Lunatic asylums Madras 1892-1911 - 1892-1911
Year: 1892
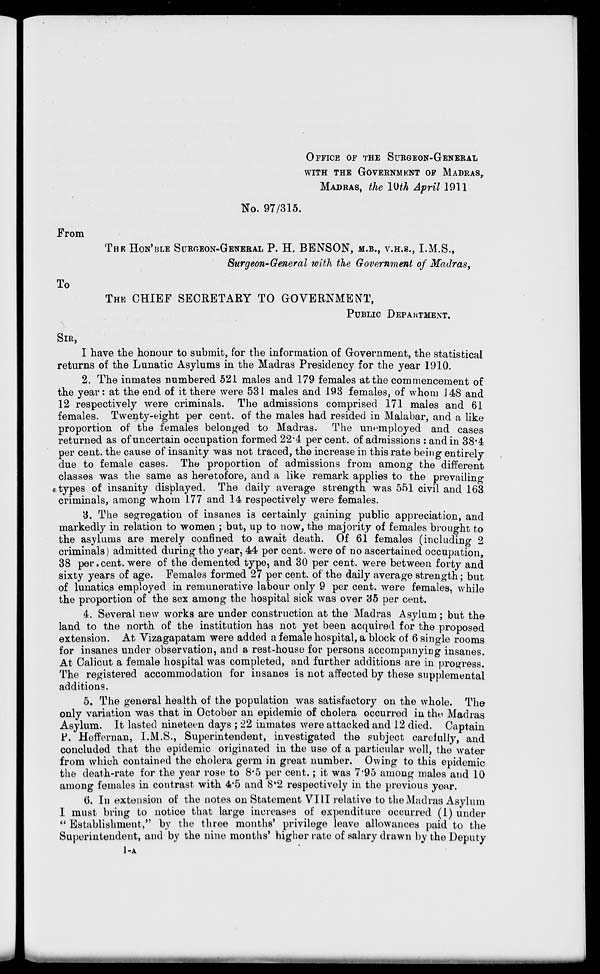
From
To
OFFICE OF THE SURGEON-GENERAL
WITH THE GOVERNMENT OF MADRAS,.
MADRAS, the lUth April 1911
No. 97/315.
THE HON'BLE SURGEON-GENERAL P. EL BENSON, M.B., V.H.S., I.M.S.,
Surgeon-General with the Government of Madras,
THE CHIEF SECRETARY TO GOVERNMENT,
PUBLIC DEPARTMENT.
SIR,
I have the honour to submit, for the information of Government, the statistical
returns of the Lunatic Asylums in the Madras Presidency for the year 1910.
2. The inmates numbered 521 males and 179 females at the commencement of
the year: at the end of it there were 531 males and 193 females, of whom 148 and
12 respectively were criminals. The admissions comprised 171 males and 61
females. Twenty-eight per cent, of the males had resided in Malabar, and a like
proportion of the females belonged to Madras. The unemployed and cases
returned as of uncertain occupation formed 22*4 per cent, of admissions : and in 38*4
per cent, the cause of insanity was not traced, the increase in this rate being entirely
due to female cases. The proportion of admissions from among the different
classes was the same as heretofore, and a like remark applies to the prevailing
i types of insanity displayed. The daily average strength was 551 civil and 163
criminals, among whom 177 and 14 respectively were females.
3. The segregation of insanes is certainly gaining public appreciation, and
markedly in relation to women ; but, up to now, the majority of females brought to
the asylums are merely confined to await death. Of 61 females (including 2
criminals) admitted during the year, 44 per cent, were of no ascertained occupation,
38 per. cent, were of the demented type, and 30 per cent, were between forty and
sixty years of age. Females formed 27 per cent, of the daily average strength; but
of lunatics employed in remunerative labour only 9 per cent, were females, Avhile
the proportion of the sex among the hospital sick was over 35 per cent.
4. Several new works are under construction at the Madras Asylum ; but the
land to the north of the institution has not yet been acquired for the proposed
extension. At Vizagapatam were added a female hospital, a block of 6 single rooms
for insanes under observation, and a rest-house for persons accompanying insanes.
At Calicut a female hospital was completed, and further additions are in progress.
The registered accommodation for insanes is not affected by these supplemental
additions.
5. The general health of the population was satisfactory on the whole. The
only variation was that in October an epidemic of cholera occurred in the Madras
Asylum. It lasted nineteen days ; 22 inmates were attacked and 12 died. Captain
P. Heffernan, I.M.S., Superintendent, investigated the subject carefully, and
concluded that the epidemic originated in the use of a particular well, the water
from which contained the cholera germ in great number. Owing to this epidemic
the death-rate for the year rose to 8-5 per cent.; it was 7*95 among males and 10
among females in contrast with 4*5 and 8'2 respectively in the previous year.
6. In extension of the notes on Statement VIII relative to the Madras Asylum
I must bring to notice that large increases of expenditure occurred (1) under
" Establishment," by the three months' privilege leave allowances paid to the
Superintendent, and by the nine months' higher rate of salary drawn by the Deputy
1-A